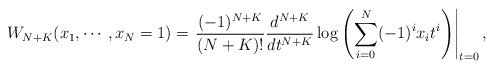
\begin{align*}W_{N+K}(x_1,\cdots ,x_N=1) = \left.\frac{(-1)^{N+K}}{(N+K)!}\frac{d^{N+K}}{dt^{N+K}}\log\left(\sum_{i=0}^{N}(-1)^ix_it^i\right)\right|_{t=0},\end{align*}